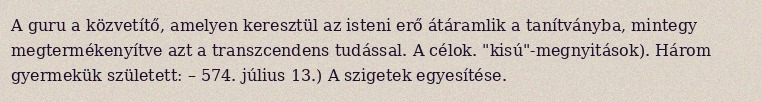
A guru a közvetítő, amelyen keresztül az isteni erő átáramlik a tanítványba, mintegy megtermékenyítve azt a transzcendens tudással. A célok. "kisú"-megnyitások). Három gyermekük született: – 574. július 13.) A szigetek egyesítése.